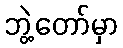
ဘွဲ့တော်မှာ